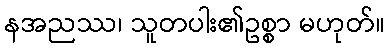
နအညဿ၊ သူတပါး၏ဥစ္စာ မဟုတ်။